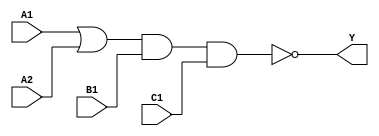
`timescale 1ps/1ps
module cell_o211ai
(
    input wire A1,
    input wire A2,
    input wire B1,
    input wire C1,
    output wire Y
);
    assign Y = !((A1 | A2) & B1 & C1);
endmodule